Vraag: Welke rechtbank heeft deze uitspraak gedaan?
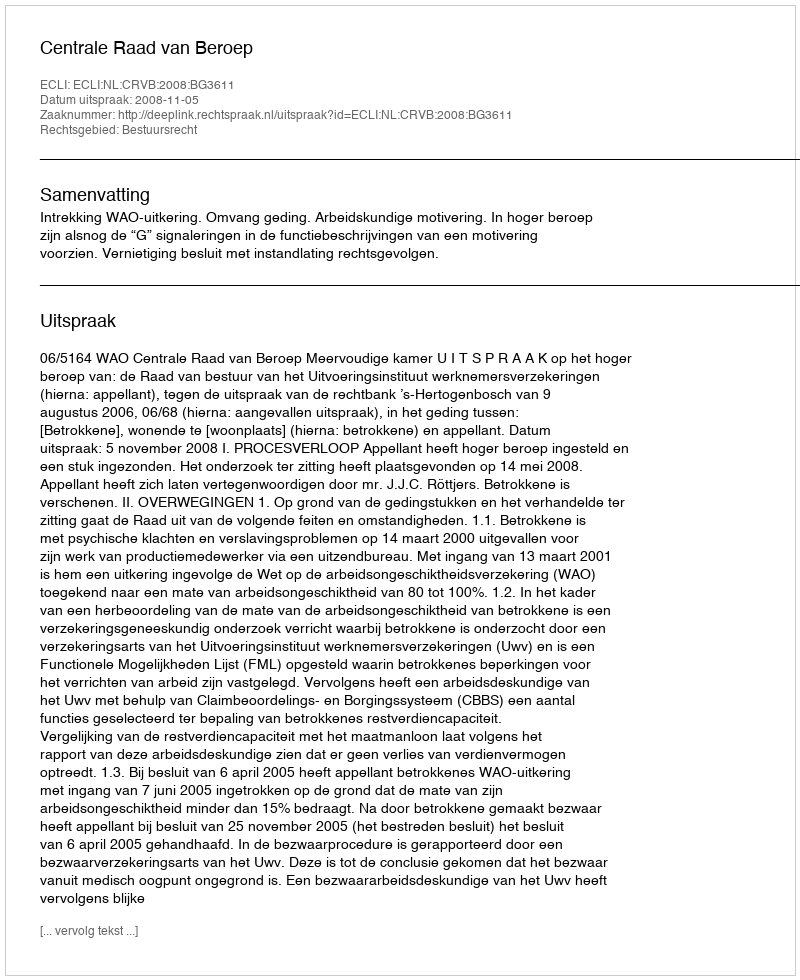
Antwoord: Centrale Raad van Beroep